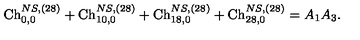
\mathrm { C h } _ { 0 , 0 } ^ { N S , ( 2 8 ) } + \mathrm { C h } _ { 1 0 , 0 } ^ { N S , ( 2 8 ) } + \mathrm { C h } _ { 1 8 , 0 } ^ { N S , ( 2 8 ) } + \mathrm { C h } _ { 2 8 , 0 } ^ { N S , ( 2 8 ) } = A _ { 1 } A _ { 3 } .